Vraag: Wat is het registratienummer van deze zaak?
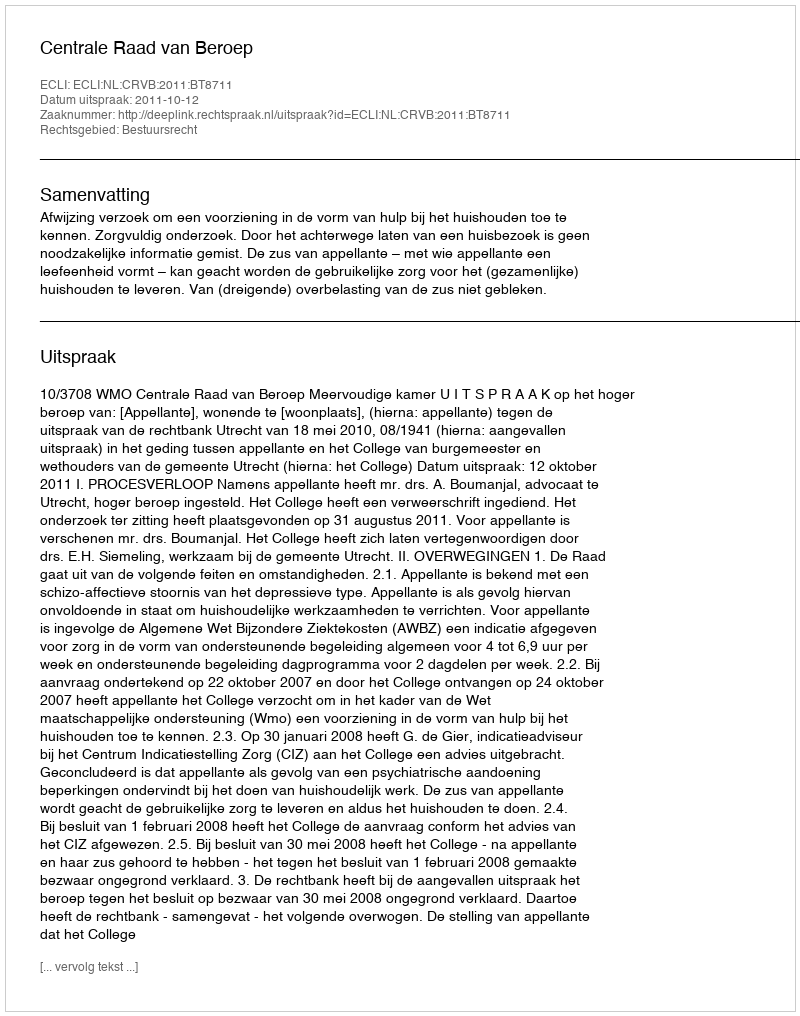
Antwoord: http://deeplink.rechtspraak.nl/uitspraak?id=ECLI:NL:CRVB:2011:BT8711